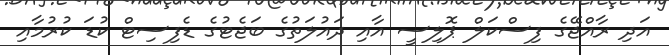
އަދި ރާއްޖޭގެ ފިސްކަލް ޕޮލިސީ އާއި ދައުލަތުގެ ބަޖެޓުގެ ޑެފިސިޓް ކުޑަ ކުރުމާއި